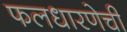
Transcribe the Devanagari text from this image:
फलधारणेची